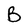
Character: B